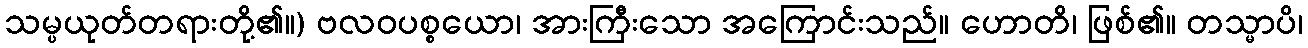
သမ္ပယုတ်တရားတို့၏။) ဗလဝပစ္စယော၊ အားကြီးသော အကြောင်းသည်။ ဟောတိ၊ ဖြစ်၏။ တသ္မာပိ၊